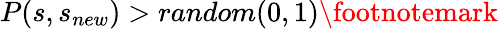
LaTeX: P(s,s_{new})>random(0,1)\footnotemark